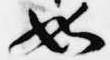
如